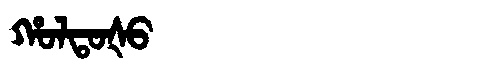
Manchu: ᡥᠣᠯᡨᠣᡧᠣ
Romanization: HOLTOŠO